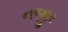
નજીર